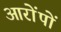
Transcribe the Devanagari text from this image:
आरोंपों